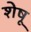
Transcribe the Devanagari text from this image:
शेषू